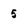
Character: 5